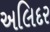
અલિદર